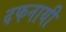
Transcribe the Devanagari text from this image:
दफनायी